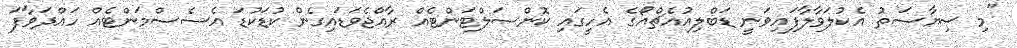
"މި ސިޔާސަތު އެކުލަވާލާފައިވަނީ ޑަބްލިއުއެޗްއޯގެ އެހީގައި ކޮންސަލްޓަންޓެއް ރާއްޖެވަޑައިގެން ކުޑަކުޑަ އެސެސްމަންޓެއް ހައްދަވާފަ